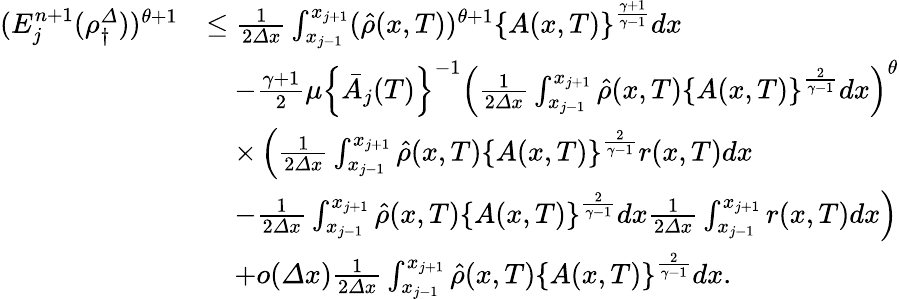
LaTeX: \begin{array}{rl}{(E_{j}^{n+1}(\rho_{\dagger}^{\varDelta}))^{\theta+1}}&{\leq\frac 1{2{\varDelta}x}\int_{x_{j-1}}^{x_{j+1}}(\hat{\rho}(x,T))^{\theta+1}\left\{ A(x,T)\right\} ^{\frac{\gamma+1}{\gamma-1}}dx}\\ &{\quad-\frac{\gamma+1}{2}\mu\left\{ \bar{A}_{j}(T)\right\} ^{-1}\left(\frac 1{2{\varDelta}x}\int_{x_{j-1}}^{x_{j+1}}\hat{\rho}(x,T)\left\{ A(x,T)\right\} ^{\frac{2}{\gamma-1}}dx\right)^{\theta}}\\ &{\quad\times\left(\frac 1{2{\varDelta}x}\int_{x_{j-1}}^{x_{j+1}}\hat{\rho}(x,T)\left\{ A(x,T)\right\} ^{\frac{2}{\gamma-1}}r(x,T)dx\right.}\\ &{\left.\quad-\frac 1{2{\varDelta}x}\int_{x_{j-1}}^{x_{j+1}}\hat{\rho}(x,T)\left\{ A(x,T)\right\} ^{\frac{2}{\gamma-1}}dx\frac 1{2{\varDelta}x}\int_{x_{j-1}}^{x_{j+1}}r(x,T)dx\right)}\\ &{\quad+o({\varDelta}x)\frac 1{2{\varDelta}x}\int_{x_{j-1}}^{x_{j+1}}\hat{\rho}(x,T)\left\{ A(x,T)\right\} ^{\frac{2}{\gamma-1}}dx.}\end{array}